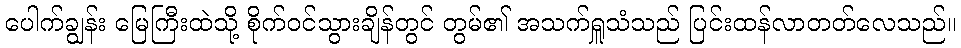
ပေါက်ချွန်း မြေကြီးထဲသို့ စိုက်ဝင်သွားချိန်တွင် တွမ်၏ အသက်ရှူသံသည် ပြင်းထန်လာတတ်လေသည်။